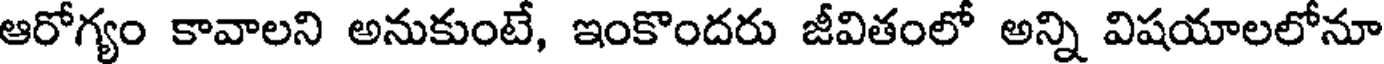
ఆరోగ్యం కావాలని అనుకుంటే, ఇంకొందరు జీవితంలో అన్ని విషయాలలోనూ